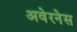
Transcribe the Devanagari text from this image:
अवेरनेस